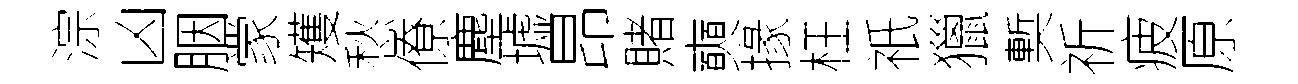
淙凶胭䝉矱愁僚塵墟昂賭奭掾枉祇獵槧祈疲原